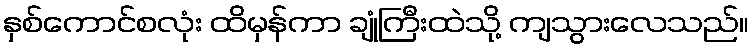
နှစ်ကောင်စလုံး ထိမှန်ကာ ချုံကြီးထဲသို့ ကျသွားလေသည်။